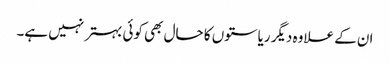
ان کے علاوہ دیگر ریاستوں کا حال بھی کوئی بہتر نہیں ہے۔